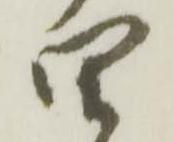
四